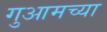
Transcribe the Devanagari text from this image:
गुआमच्या